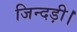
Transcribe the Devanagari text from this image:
जिन्दड़ी।